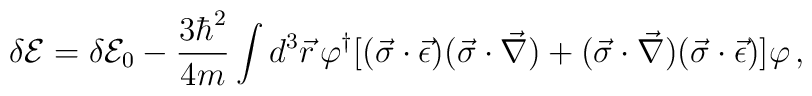
\delta {\cal E}=\delta {\cal E}_0 -\frac{3\hbar^2}{4m}\int d^3\vec{r}\,\varphi^{\dagger}[(\vec{\sigma}\cdot\vec{\epsilon})(\vec{\sigma}\cdot\vec{\nabla})+(\vec{\sigma}\cdot\vec{\nabla})(\vec{\sigma}\cdot\vec{\epsilon})]\varphi\,{,}